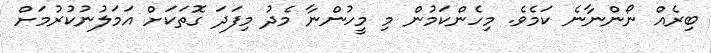
ބިރެއް ނޯންނާނެ ކަމެވެ. މިހެންކަމުން މި މީހުންނާ މެދު މިފަދަ ގޮތަކަށް އަމަލުނުކުރުމަށް